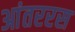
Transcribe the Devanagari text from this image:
आंतररस